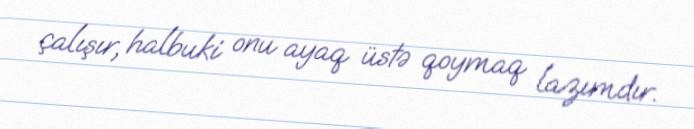
çalışır, halbuki onu ayaq üstə qoymaq lazımdır.